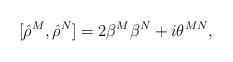
LaTeX: \begin{align*}[{\hat\rho}^M,{\hat\rho}^N]=2\beta^M\beta^N+i\theta^{MN},\end{align*}